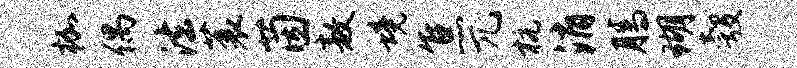
枷偶法蓑茵敖境焦兀杭消腾瑚彀